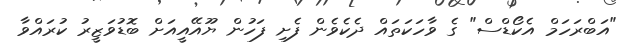
"އަބްރަހަމް އެކޯޑްސް" ގެ ވާހަކަތައް ދެކެވެން ފެށި ފަހުން ޔޫއޭއީއަށް ބޮޑުވަޒީރު ކުރައްވާ